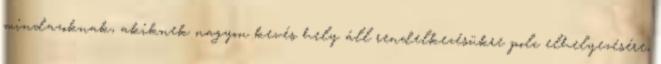
mindazoknak, akiknek nagyon kevés hely áll rendelkezésükre polc elhelyezésére,